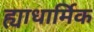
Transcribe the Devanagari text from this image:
ह्याधार्मिक